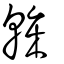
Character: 榦